Bréfritari: Jakobína Jónsdóttir
Viðtakandi: Sólveig Jónsdóttir
Dagsetning: A-1885-04-14
Skrifað á: Bessastöðum  Gull.
systir bréfviðtakanda

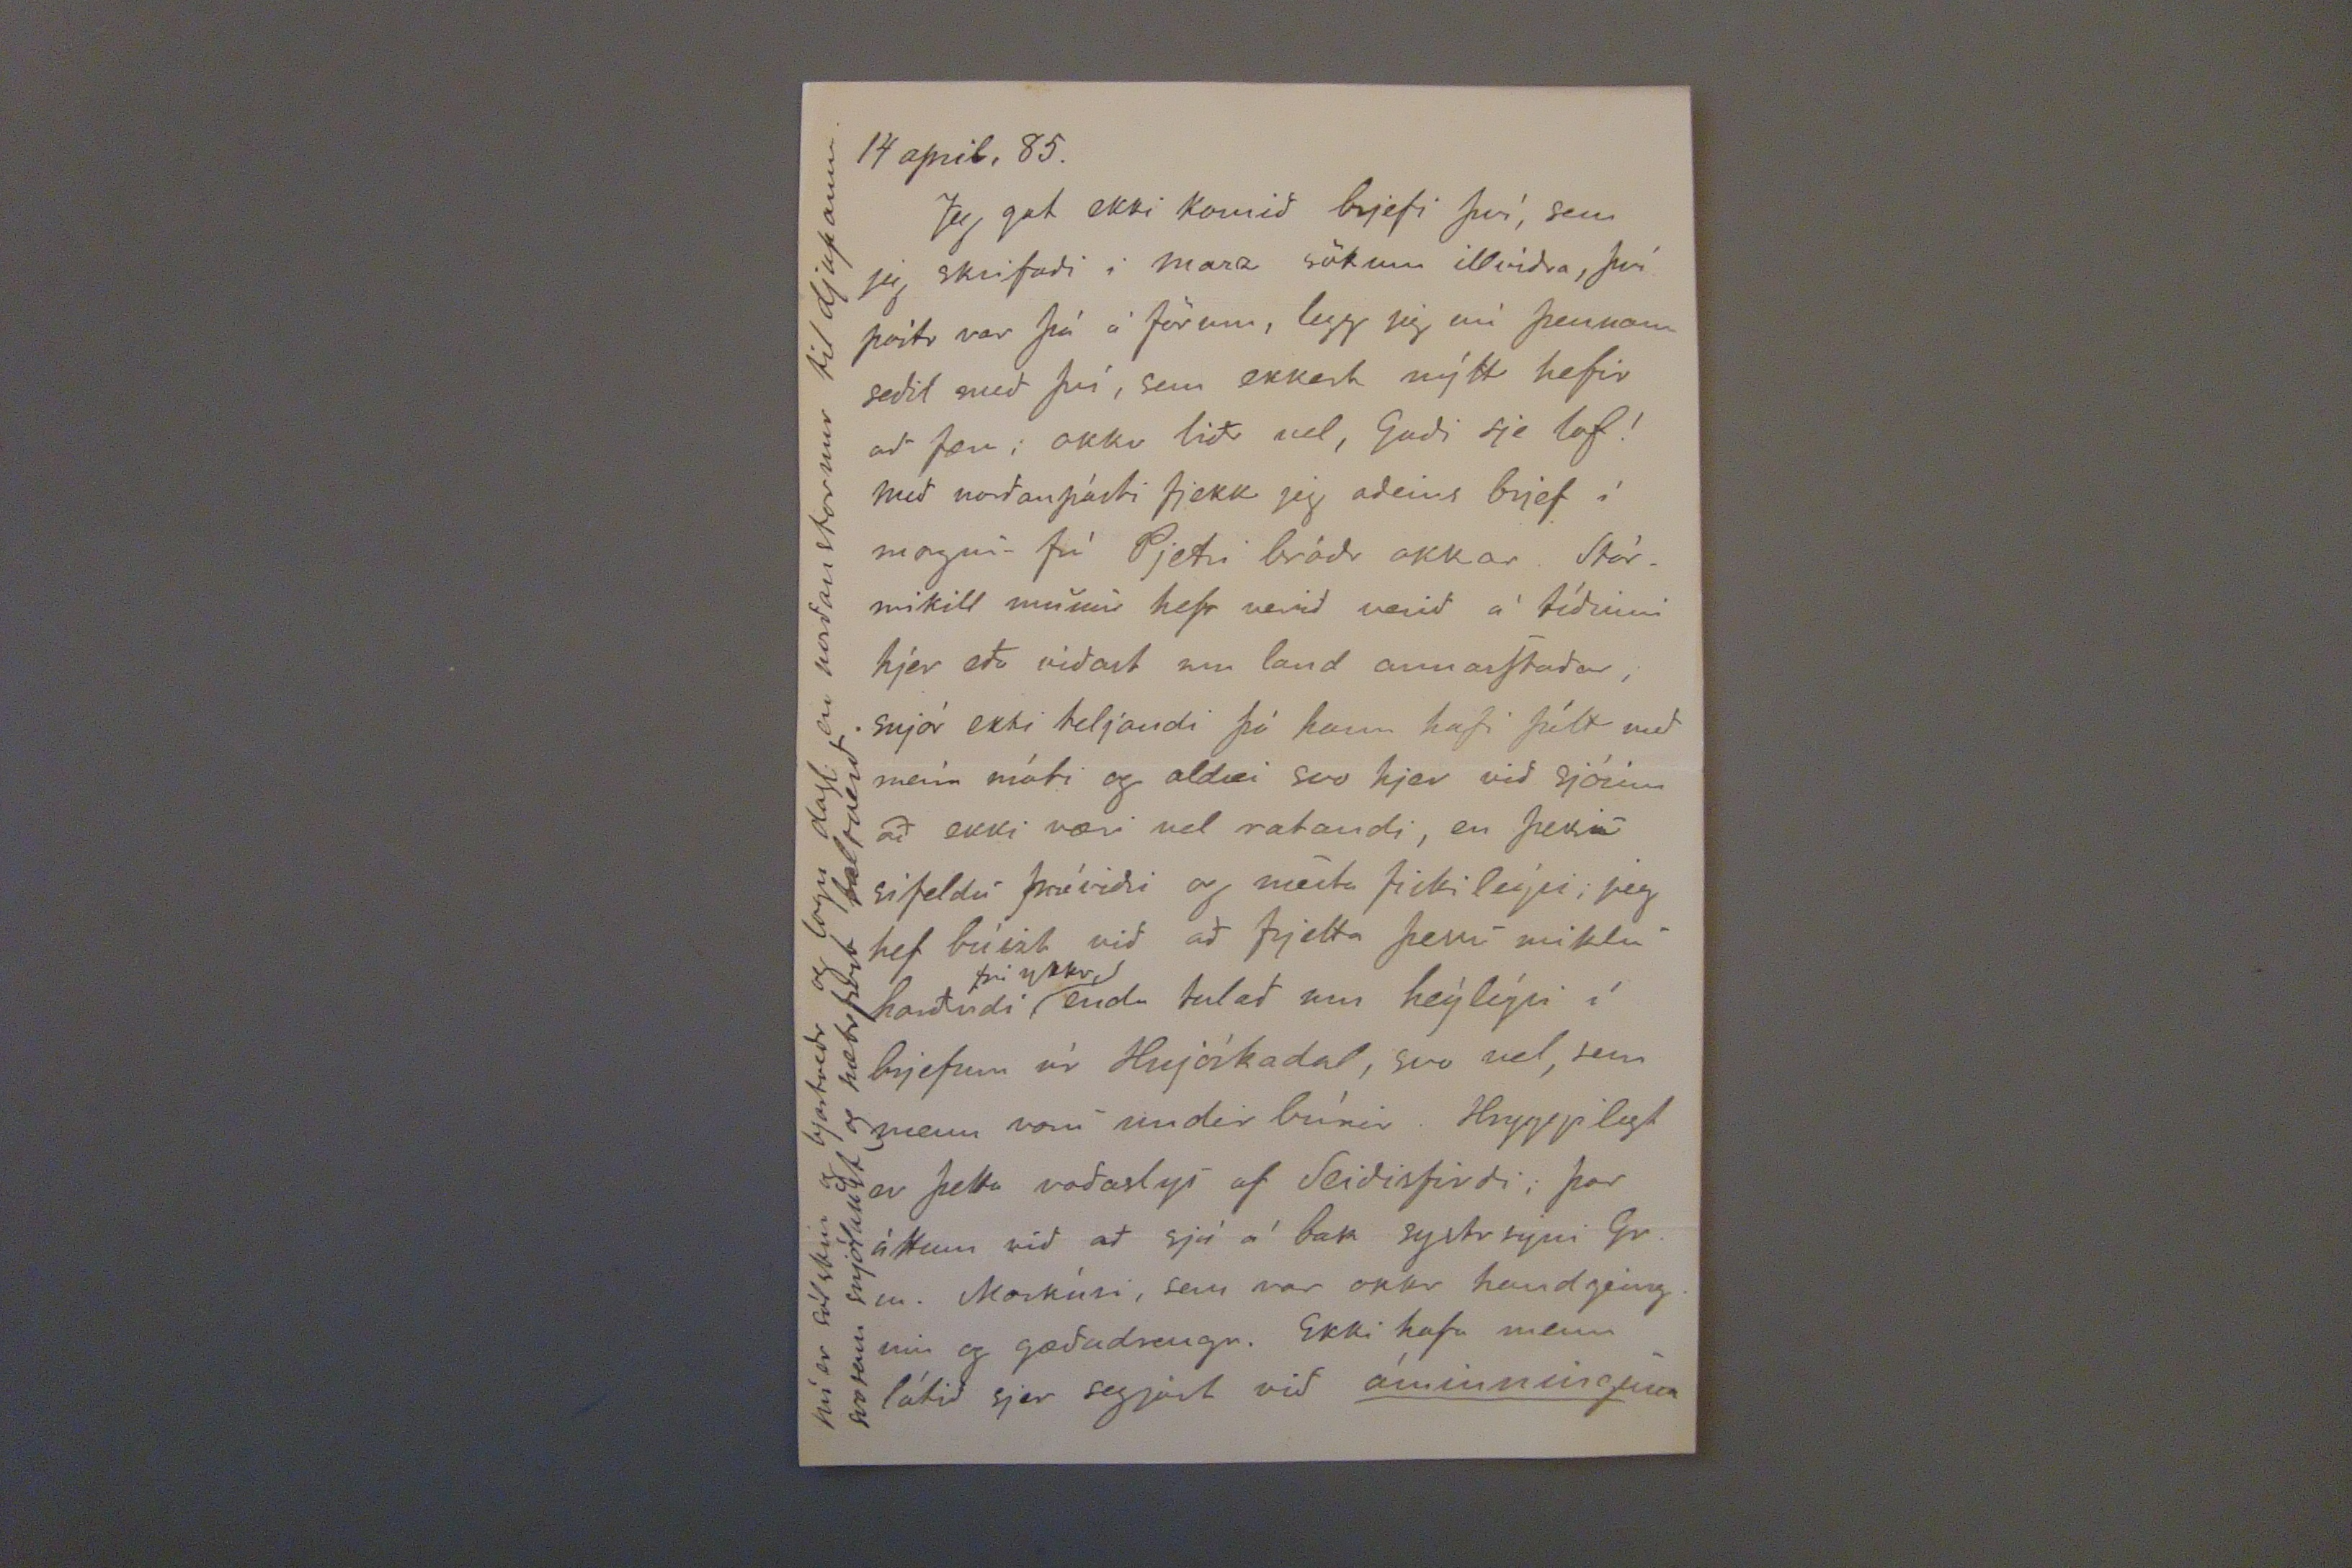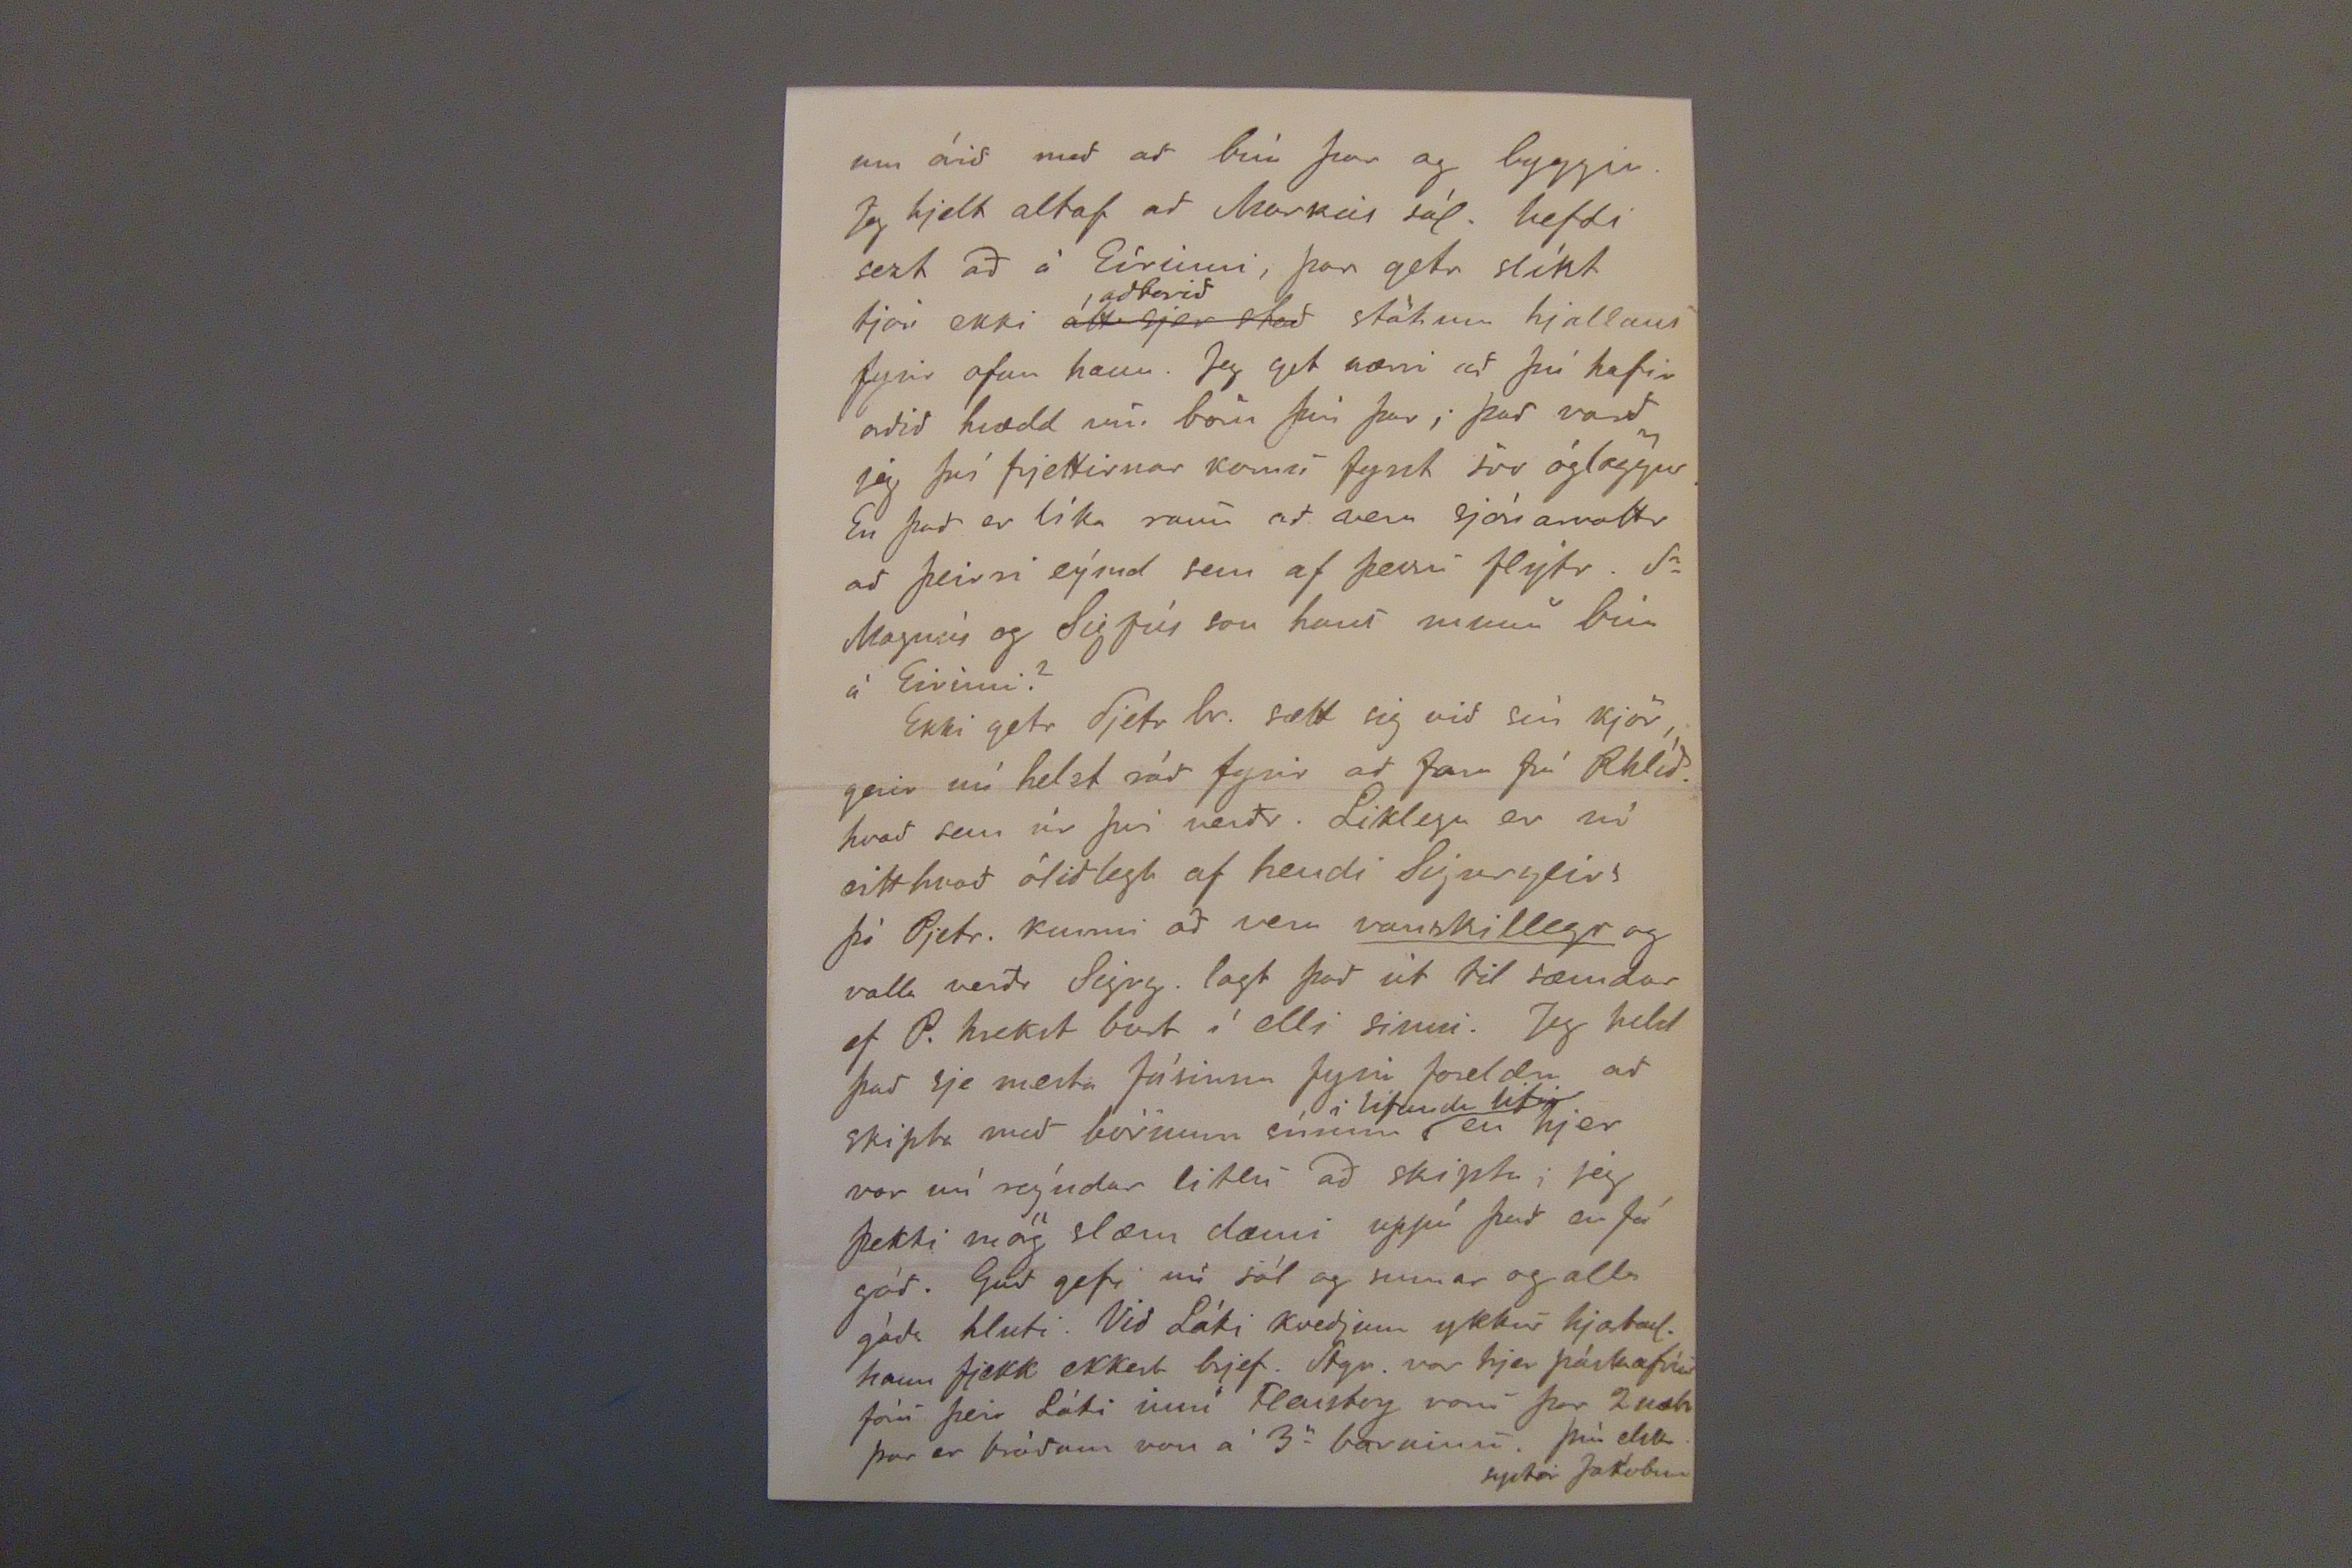

14 april, 85.
Jeg gat ekki komið brjefi því, sem jeg skrifaði i marz sökum illviðra, því póstr var þá á förum, legg jeg nú þennann seðil með því, sem ekkert nýtt hefir að færi; okkr liðr vel, Guði sje lof! Með norðanpósti fjekk jeg aðeins brjef í morgun frá Pjetri bróðr okkar. Stórmikill munur hefr verið verið á tíðinni hjer eða viðast um land annarStaðar, snjór ekki teljandi þó hann hafi þítt með meira móti og aldrei svo hjer við sjóin að ekki væri vel ratandi, en þessar sifeldu þráviðri og mestu fiski leýsi, jeg hef búizt bið að frjetta þessí miklu harðindi
frá ykkr,
enda talað um heýleýsi í brjefum úr Hnjóskadal, svo vel, sem menn voru undir búnir. Hryggilegt er þetta voðaslys af Seiðisfirði, þar óskum við að sjá á ban systrsyni Gr. m. Markúsi, sem var okkr handgeinginn og gæðadrengr. Ekki hafa menn látið sjer segjast við
áminningum
vinstri spássía: Nú er sólskin og bjartvedr og logn dagl. en norðanstormur til djupanna. svo sem snjólaust og nætrfært balsveið.
um árið með að búa þar og byggja. Jeg hjelt altaf að Markús sál. hefdi sezt að á Eírinni, þar getr slíkt tjón ekki
átt sjer stað
aðborið
stökum hjallans fyrir ofan hann. Jeg get nærri að þú hafir orðið hrædd um börn þín þar; það varð jeg því frjettirnar komu fyrst svo óglöggur. En það er líka raun að vera sjónarvottr að þeirri eýmd sem af þessu flýtr. Sr Magnús og Sigfús son hans munu búa á Eirinni?
Ekki getr Pjetr br. sætt sig við sín kjör, gerir nú helzt ráð fyrir að fara frá Rhlíð. hvað sem úr þvi verðr. Liklega er nú eitthvað óliðlegt af hendi Sigurgeirs þó Pjetr. kunni að vera
vanskillegr
og valla verðr Sigrg. lagt það út til sæmdar ef P. hrekst burt í elli sinni. Jeg held það sje mesta fásinna fyrir foreldra að skipta með börnum sínum
i lifandi lifi
en hjer var nú reýndar litlu að skipta; jeg þekti mörg slæm dæmi uppá það en fá góð. Guð gefr nú sól og sumar og alla góða hluti. Við Láki kveðjum ykkur hjartanl. hann fjekk ekkert brjef. Stgr. var hjer
póstatrúr
foru þeir Láki inní. Flensborg voru þar 2 nætr þar er bráðum von á 3
a
barninu. þín elsk. systir Jakóbina